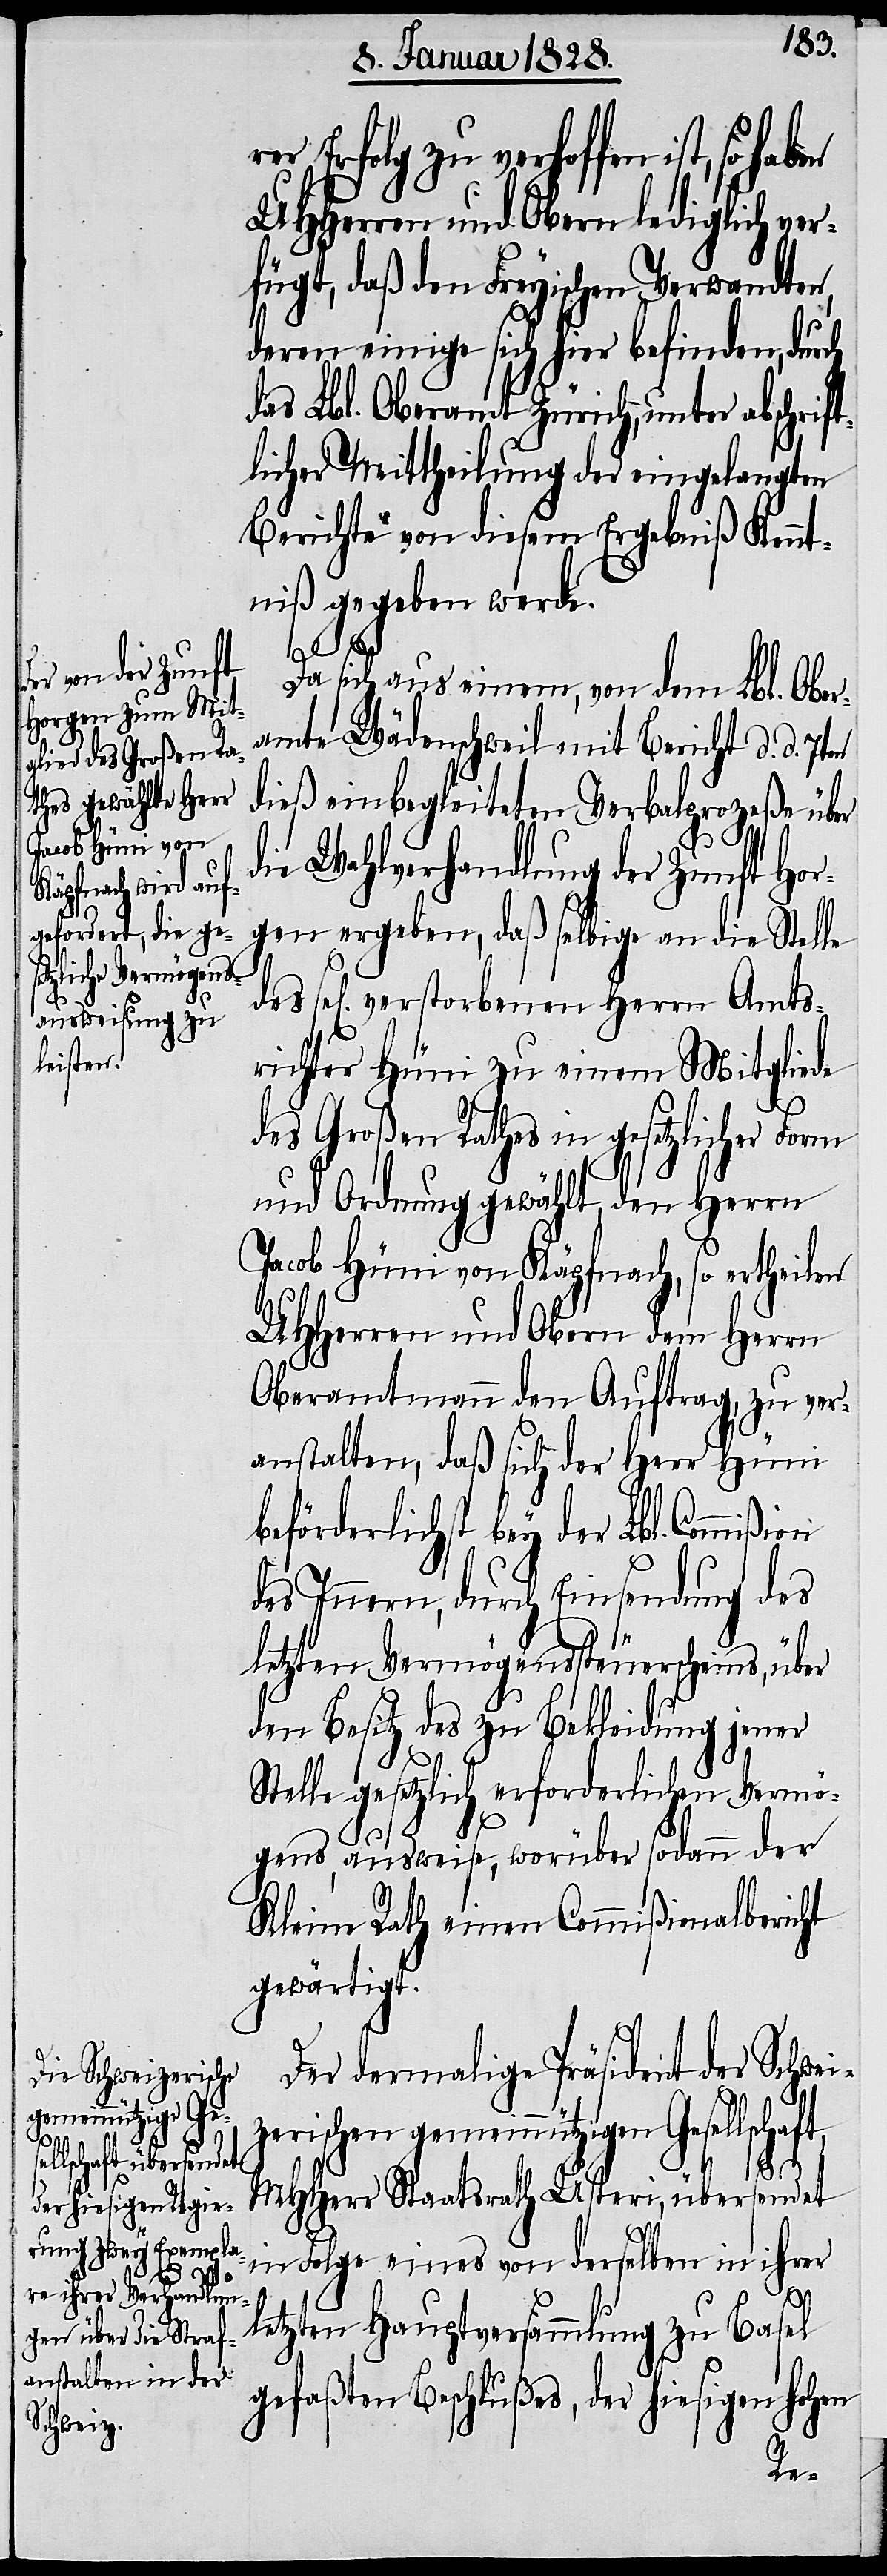
on

er Erfolg zu verhoffen ist, so ha¬
UHHerren und Obern lediglich ve¬
rfügt, daß den Freyischen Verwandten,
deren einige sich hier befinden, durch
das Lbl. Oberamt Zürich, unter abschrift¬
licher Mittheilung der eingelangten
Berichte von diesem Ergebniß Kennt¬
niß gegeben werde.
Da sich aus einem von dem Lbl. Ober¬
amte Wädenschweil mit Bericht d. d. 7ten
dieß einbegeleiteten Verbalprozeßes über
die Wahlverhandlung der Zunft Hor¬
gen ergeben, daß selbige an die Stelle
sel[igen] verstorbenen Herrn Amts¬
richter Hüni zu einem Mitgliede
des
des Großen Rathes in gesetzlicher Form
und Ordnung gewählt, den Herrn
Jacob Hüni von Käpfnach, so ertheilen
UHHerren und Obern dem Herrn
Oberamtmann den Auftrag, zu ver¬
anstalten, daß sich der Herr Hüni
eförderlichst bey der Lbl. Commißi¬
des Innern, durch Einsendung des
letzten Vermögenssteuerscheins, über
den Besitz des zu Bekleidung jener
Stelle gesetzlich erforderlichen Vermö¬
sel
gens, ausweise, worüber sodann der
Kleine Rath einen Commißionalbericht
gewärtigt.
b¬
Der dermalige Präsident der Schweiz¬
erischen gemeinnützigen
MHHerr Staatsrath Usteri, übersendet
in Folge eines von derselben in ihrer
ben
letzten Hauptversammlung zu Ba¬
gefaßten Beschlußes, der hiesigen hohen